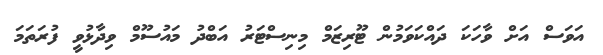
އަވަސް އަށް ވާހަކަ ދައްކަވަމުން ޓޫރިޒަމް މިނިސްޓަރު އަބްދު މައުސޫމް ވިދާޅުވީ ފުރަތަމަ